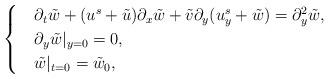
LaTeX: \begin{align*}\begin{cases}& \partial_t\tilde{w} + (u^s + \tilde{u}) \partial_x\tilde{w} + \tilde{v} \partial_y(u^s_y+\tilde{w})= \partial^2_y\tilde{w},\\& \partial_y \tilde{w}|_{y=0} = 0,\\& \tilde{w}|_{t=0} = \tilde{w}_0,\end{cases}\end{align*}